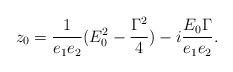
LaTeX: \begin{align*}z_0 = \frac{1}{e_1e_2} (E_0^2 - \frac{{\Gamma}^2}{4}) -i \frac{E_0 {\Gamma}}{e_1e_2}.\end{align*}